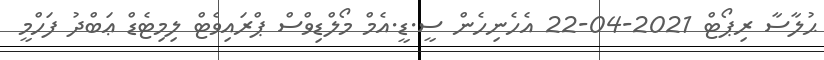
ޙުލާސާ ރިޕޯޓް 2021-04-22 އެހެނިހެން ސީ.ޑީ.އެމް މޯލްޑިވްސް ޕްރައިވެޓް ލިމިޓެޑް ޢަބްދު ފަހްމީ